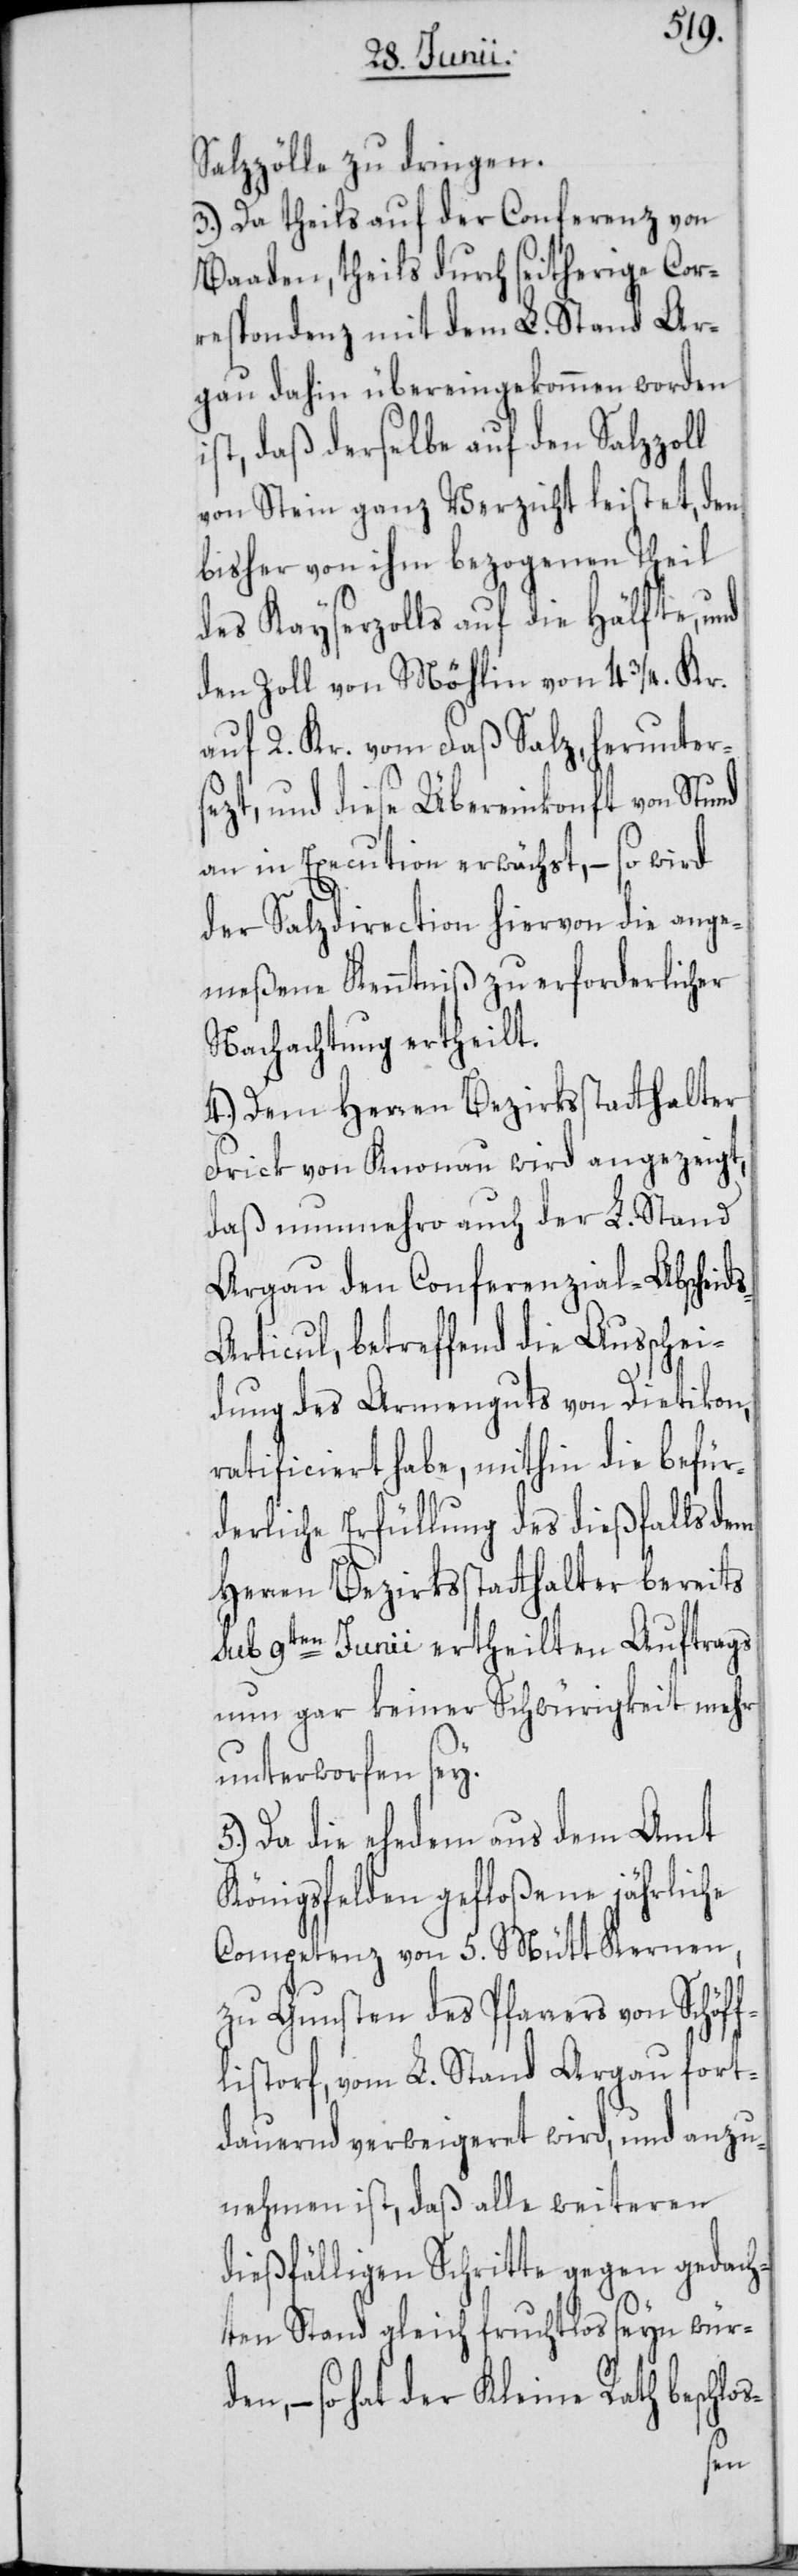
s-A¬
Salzzölle zu dringen.
3.) Da theils auf der Conferenz von
Baaden, theils durch seitherige Cor¬
respondenz mit dem L. Stand Ar¬
gau dahin übereingekommen worden
ist, daß derselbe auf den Salzzoll
von Stein ganz Verzicht leistet, den
bisher von ihm bezogenen Theil
des Kayserzolls auf die Hälfte, und
den Zoll von Möhlin von 4 3/4. Kr.
auf 2. Kr. vom Faß Salz, herunter¬
sezt, und diese Übereinkonft von Stund
an in Execution erwächst, – so wird
der Salzdirection hiervon die ange¬
meßene Kenntniß zu erforderlicher
Nachachtung ertheilt.
4.) Dem Herren Bezirksstatthalter
Frick von Knonau wird angezeigt,
daß nunmehro auch der L. Stand
Argau den Conferenzial-Abscheid¬
rticul, betreffend die Ausschei¬
dung des Armenguts von Dietikon,
ratificiert habe, mithin die befür¬
derliche Erfüllung des dießfalls dem
Herren Bezirksstatthalter bereits
sub 9ten Junii ertheilten Auftrags
nun gar keiner Schwürigkeit mehr
unterworfen sey.
Da die ehedem aus dem Amt
Königsfelden gefloßene jährliche
Competenz von 5. Mütt Kernen,
zu Gunsten des Pfarrers von Schöff¬
listorf, vom L. Stand Argau fort¬
dauernd verweigeret wird, und anzu¬
nehmen ist, daß alle weiteren
dießfälligen Schritte gegen gedach¬
ten Stand gleich fruchtlos seyn wür¬
den, – so hat der Kleine Rath beschlo¬
s-